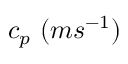
c _ { p } \ ( m s ^ { - 1 } )